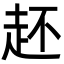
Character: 䞜